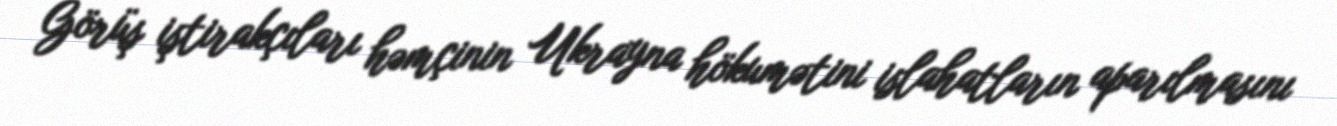
Görüş iştirakçıları həmçinin Ukrayna hökumətini islahatların aparılmasını